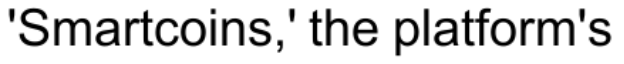
'Smartcoins,' the platform's